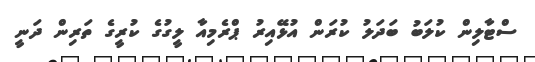
ސްޓާލިން ކުލަބު ބަދަލު ކުރަން އުޅޭއިރު ޕްރެމިއާ ލީގުގެ ކުރީގެ ތަރިން ދަނީ